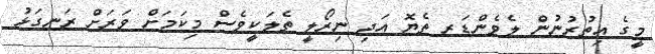
މީގެ އިތުރުނުން ލެވެންޑަރ ތެޔޮ އަދި ނިރޯލީ ތެލަކީވެސް މިކަމަށް ވަރަށް ރަނގަޅު